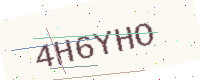
Text: 4H6YHO